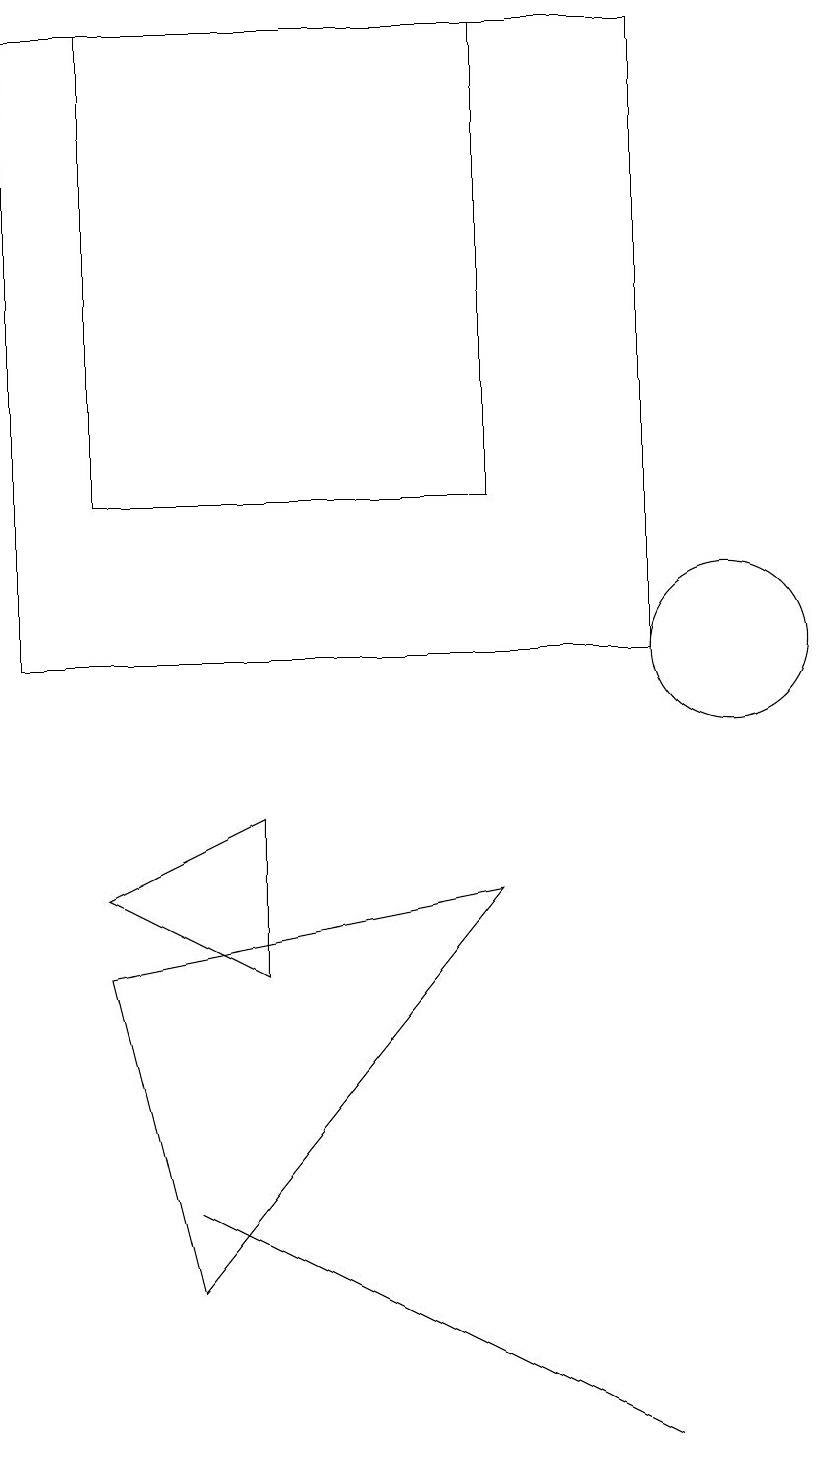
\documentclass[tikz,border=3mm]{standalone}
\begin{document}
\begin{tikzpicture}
\draw (9,1) -- (3,4) -- (5,3) -- cycle;
\draw (10,11) circle (1);
\draw (4,9) -- (2,8) -- (4,7) -- cycle;
\draw (2,19) rectangle (7,13);
\draw (1,11) rectangle (9,19);
\draw (3,3) -- (7,8) -- (2,7) -- cycle;
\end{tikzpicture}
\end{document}